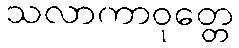
သလာကာဝုတ္တေ